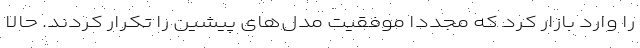
را وارد بازار کرد که مجددا موفقیت مدل‌های پیشین را تکرار کردند. حالا